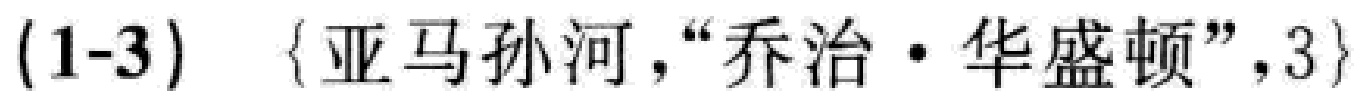
(1-3) \(\{\text{亚马孙河}，“\text{乔治·华盛顿}”，3\}\)